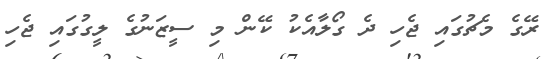
ރޭގެ މެޗުގައި ޖެހި ދެ ގޯލާއެކު ކޭން މި ސީޒަނުގެ ލީގުގައި ޖެހި